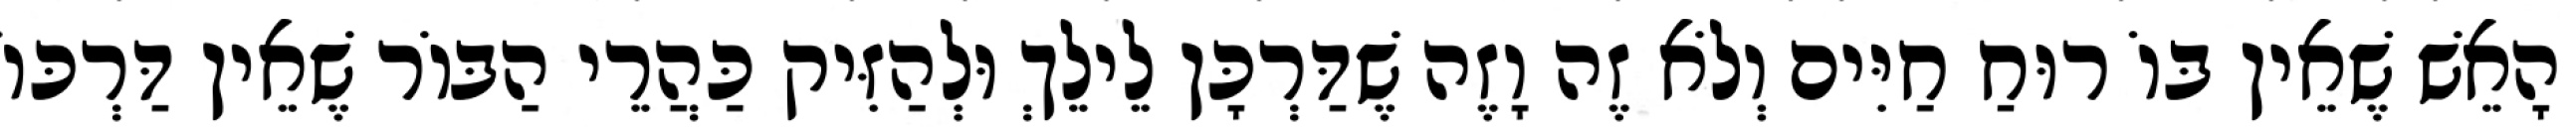
הָאֵשׁ שֶׁאֵין בּוֹ רוּחַ חַיִּים וְלֹא זֶה וָזֶה שֶׁדַּרְכָּן לֵילֵךְ וּלְהַזִּיק כַּהֲרֵי הַבּוֹר שֶׁאֵין דַּרְכּוֹ